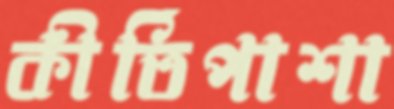
কীর্তিপাশা